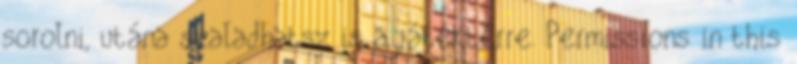
sorolni, utána szaladhatsz is a játéktérre. Permissions in this